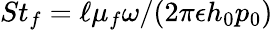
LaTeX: St_{f}=\ell\mu_{f}\omega/(2\pi\epsilon h_{0}p_{0})